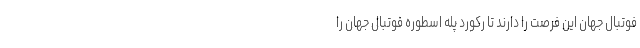
فوتبال جهان این فرصت را دارند تا رکورد پله اسطوره فوتبال جهان را